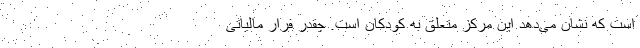
است که نشان می‌دهد این مرکز متعلق به کودکان است. چقدر فرار مالیاتی